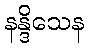
နန္ဒိသေန